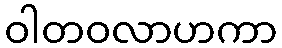
ဝါတဝလာဟကာ